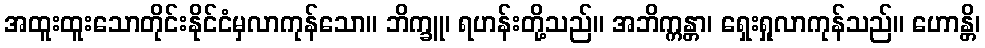
အထူးထူးသောတိုင်းနိုင်ငံမှလာကုန်သော။ ဘိက္ခူ၊ ရဟန်းတို့သည်။ အဘိက္ကန္တာ၊ ရှေးရှုလာကုန်သည်။ ဟောန္တိ၊